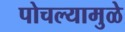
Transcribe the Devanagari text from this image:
पोचल्यामुळे